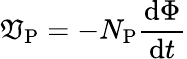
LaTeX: \mathfrak{V}_{\mathrm{{P}}}=-N_{\mathrm{{P}}}{\frac{{\mathrm{{d}}\Phi}}{{\mathrm{{d}}t}}}